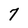
Character: 7